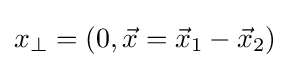
x_{\perp }=(0,{\vec {x}}={\vec {x}}_{1}-{\vec {x}}_{2})